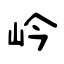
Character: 岒